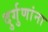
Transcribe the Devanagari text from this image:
दुर्गुणांना